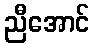
ညီအောင်